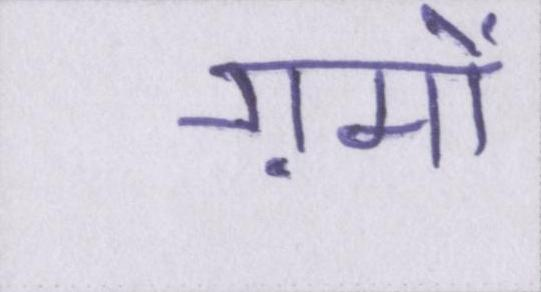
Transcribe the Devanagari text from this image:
ग़मों